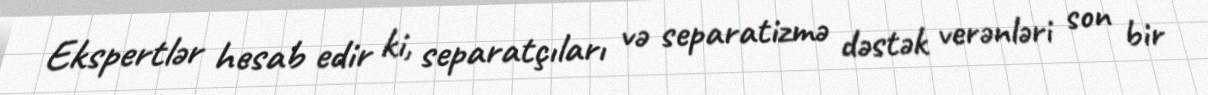
Ekspertlər hesab edir ki, separatçıları və separatizmə dəstək verənləri son bir